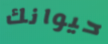
حيوانك